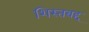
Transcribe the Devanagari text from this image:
शिस्तबद्द